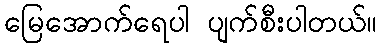
မြေအောက်ရေပါ ပျက်စီးပါတယ်။